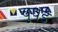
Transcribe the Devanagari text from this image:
चुपडे